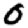
Digit: 0